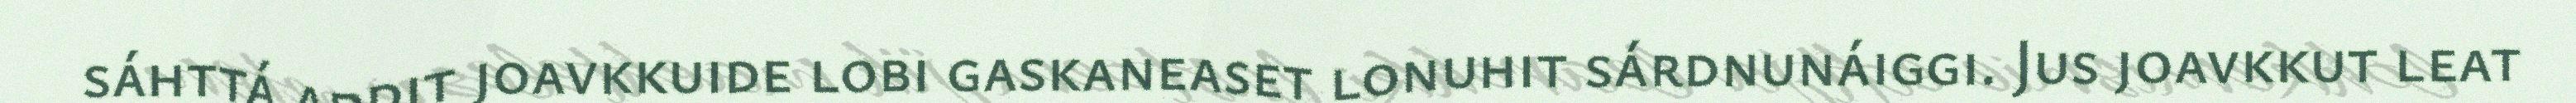
sáhttá addit joavkkuide lobi gaskaneaset lonuhit sárdnunáiggi. Jus joavkkut leat